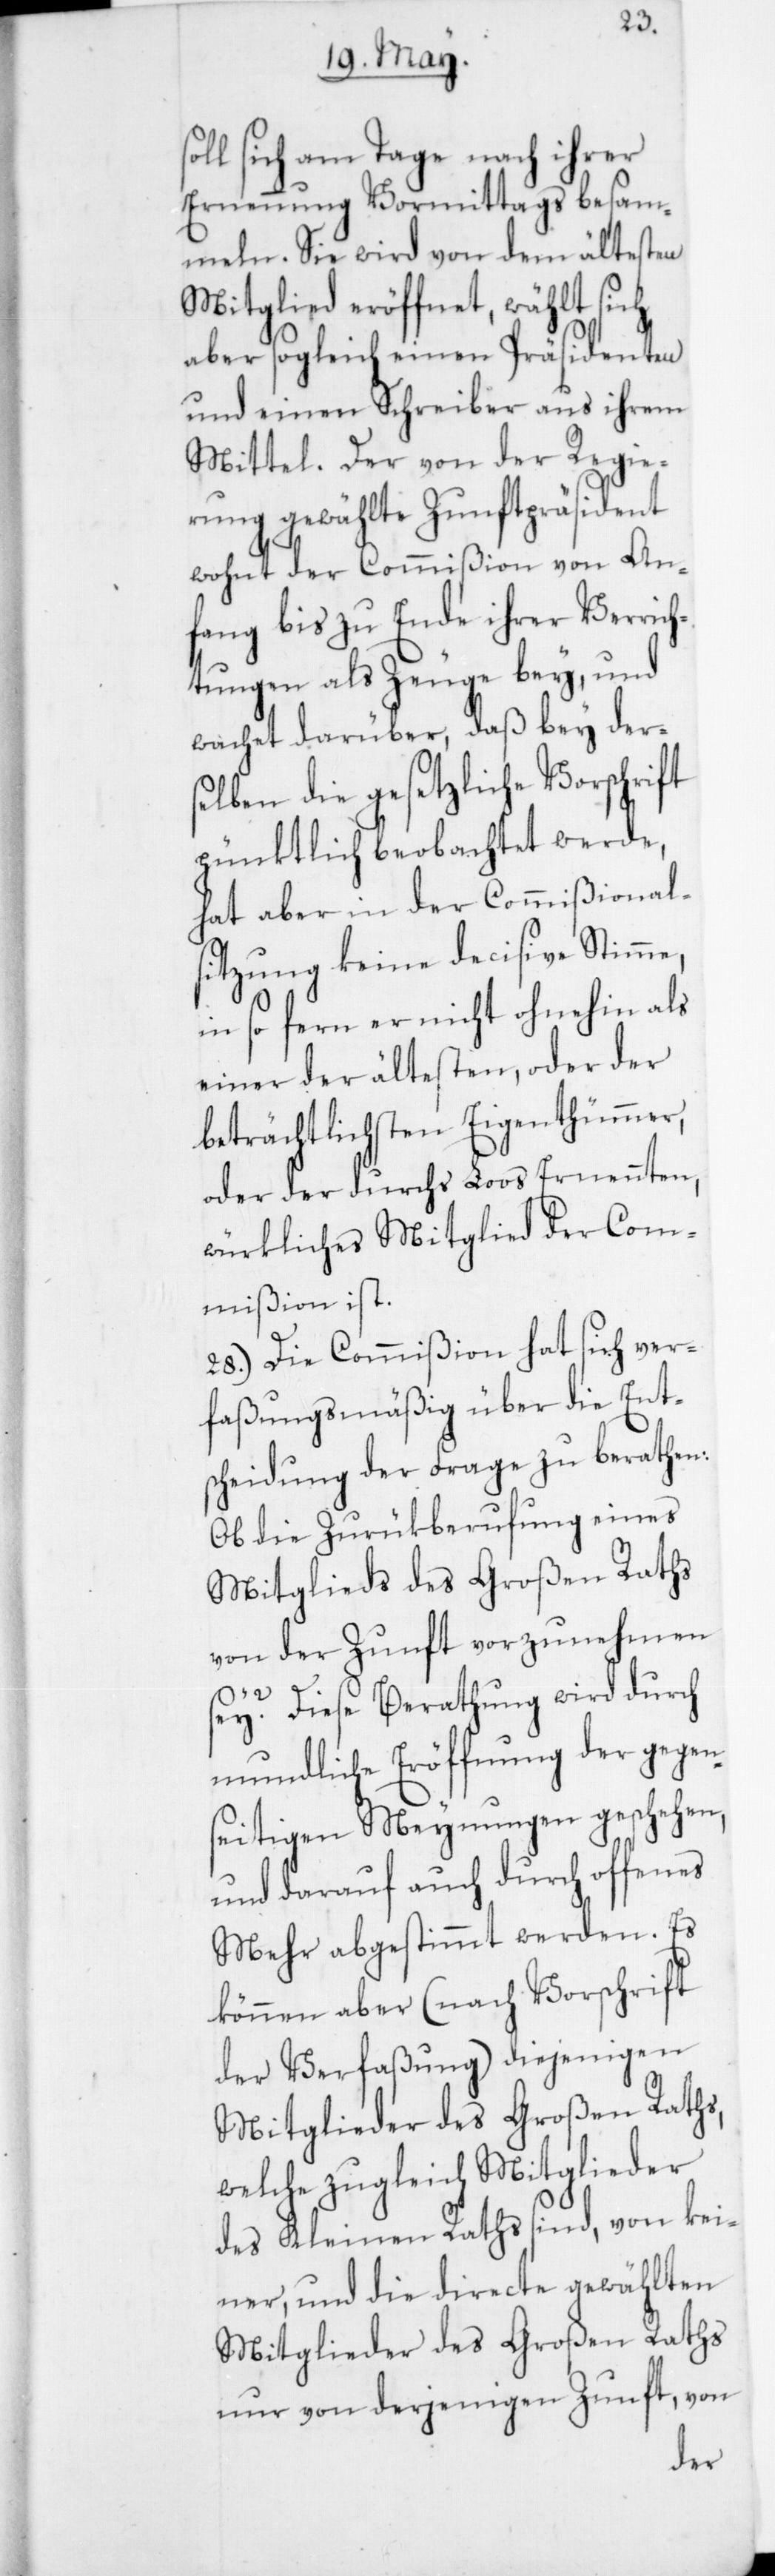
sich am Tage nach ihrer
Ernennung Vormittags besam¬
meln. Sie wird von dem ältesten
Mitglied eröffnet, wählt sich
aber sogleich einen Präsidenten
und einen Schreiber aus ihrem
Mittel. Der von der Regie¬
rung gewählte Zunftpräsident
wohnt der Commißion von An¬
fang bis zu Ende ihrer Verrich¬
tungen als Zeuge bey, und
wachet darüber, daß bey der¬
selben die gesetzliche Vorschrift
pünktlich beobachtet werde,
hat aber in der Commißionals¬
itzung keine decisive Stimme,
in so fern er nicht ohnehin als
einer der ältesten, oder der
beträchtlichsten Eigenthümmer,
oder der durchs Loos ernennten
würkliches Mitglied der Com¬
mißion ist.
28. Die Commißion hat sich ver¬
faßungsmäßig über die Ent¬
scheidung der Frage zu berathen:
Ob die Zurükberufung eines
Mitglieds des Großen Raths
von der Zunft vorzunehmen
sey? Diese Berathung wird durch
mundliche Eröffnung der gegen¬
seitigen Meynungen geschehen,
und darauf auch durch offenes
Mehr abgestimmt werden. Es
können aber (nach Vorschrift
der Verfaßung) diejenigen
Mitglieder des Großen Raths,
welche zugleich Mitglieder
des Kleinen Raths sind, von kei¬
ner, und die directe gewählten
Mitglieder des Großen Raths
nur von derjenigen Zunft, von